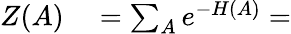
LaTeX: \begin{array}{rl}{Z(A)}&{{}=\sum_{A}e^{-H(A)}=}\end{array}